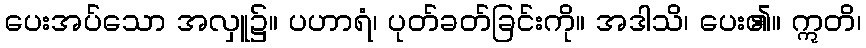
ပေးအပ်သော အလှူ၌။ ပဟာရံ၊ ပုတ်ခတ်ခြင်းကို။ အဒါသိ၊ ပေး၏။ ဣတိ၊